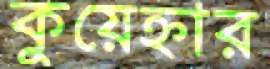
কুয়েহ্নার